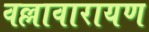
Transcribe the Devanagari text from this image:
वल्लावारायण